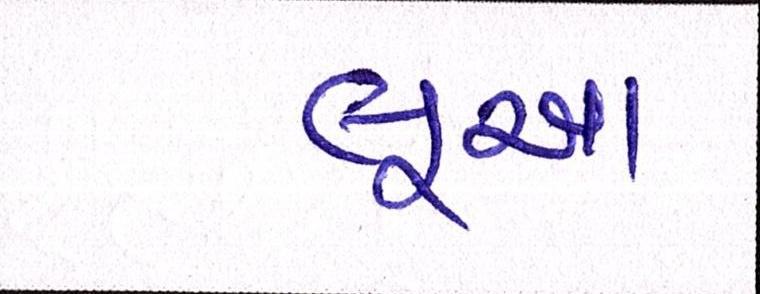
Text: લૂઆ